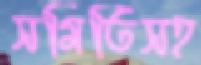
সমিতিসহ